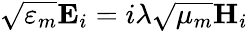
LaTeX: \sqrt{\varepsilon_{m}}\mathbf{E}_{i}=i\lambda\sqrt{\mu_{m}}\mathbf{H}_{i}